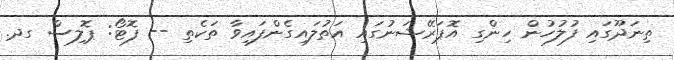
ތިނަދޫގައި ފުލުުހުން ހިންގި އޮޕަރޭޝަނުގައި އަތުލައިގެންފައިވާ ތަކެތި -- ފޮޓޯ: ޕޮލިސް ގދ.